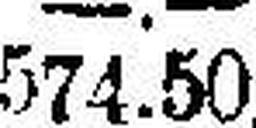
574.50